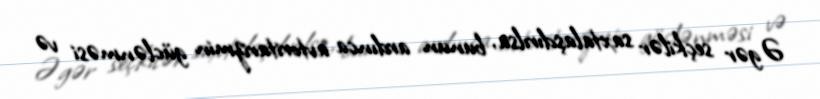
Əgər seçkilər saxtalaşdırılsa, bunun ardınca avtoritarizmin güclənməsi və